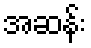
အဆန်း